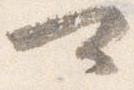
可